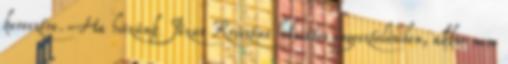
keresztre. Ha hiszünk Jézus Krisztus helyettes engesztelésében, akkor nem